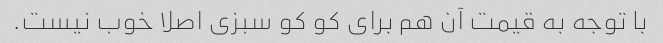
با توجه به قیمت آن هم برای کو کو سبزی اصلا خوب نیست.